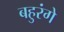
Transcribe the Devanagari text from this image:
बहुरंगे